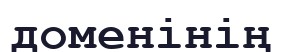
доменінің